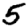
Digit: 5